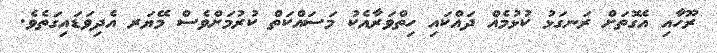
ރޫހާއި އެގޮތަށް ރަނގަޅު ކުޅުމެއް ދައްކައި ހިތްވަރާއެކު މަސައްކަތް ކުރުމަށްވެސް މޭޔަރ އެދިވަޑައިގަތެވެ.